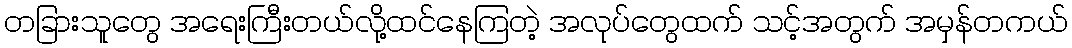
တခြားသူတွေ အရေးကြီးတယ်လို့ထင်နေကြတဲ့ အလုပ်တွေထက် သင့်အတွက် အမှန်တကယ်